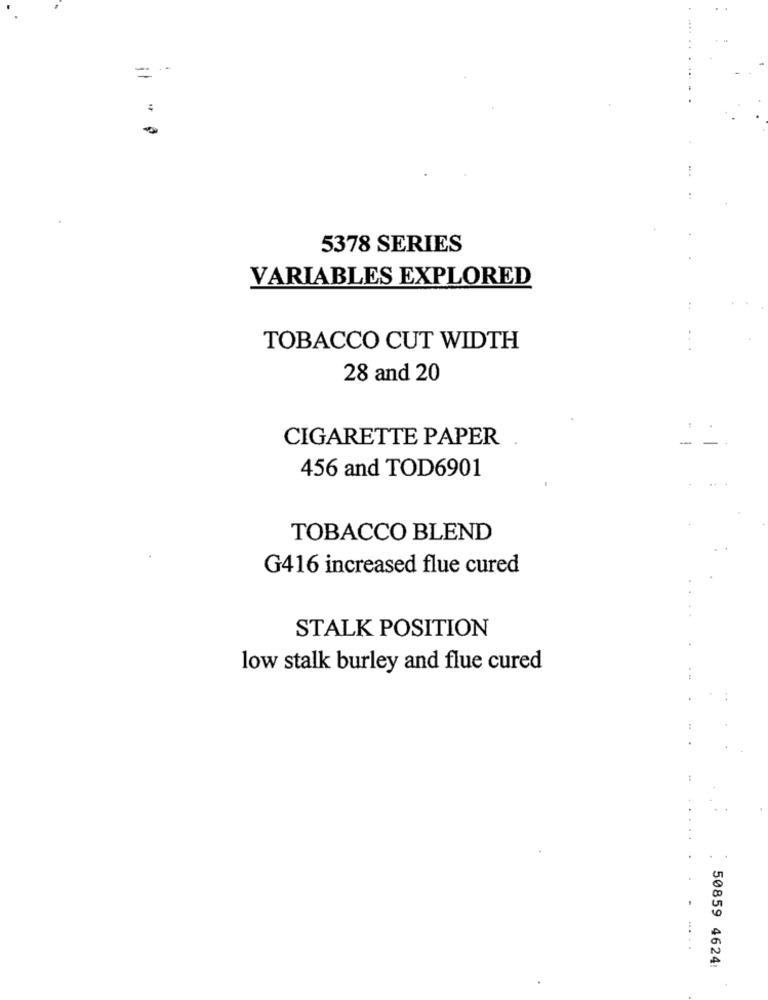
=-
5378 SERIES
VARIABLES EXPLORED
TOBACCO CUT WIDTH
28 and 20
CIGARETTE PAPER
-
-
456 and TOD6901
TOBACCO BLEND
G416 increased flue cured
STALK POSITION
low stalk burley and flue cured
50859 4624: